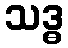
သဒ္ဓ